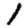
Digit: 1